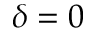
\delta = 0